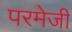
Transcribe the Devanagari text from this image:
परमेजी